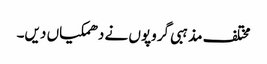
مختلف مذہبی گروپوں نے دھمکیاں دیں۔